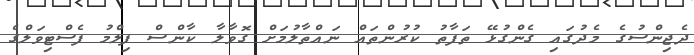
ދެޖިންސުގެ މެދުގައި ގެންގުޅޭ ތަފާތު ކުރުންތައް ނައްތާލުމަށް ގޮވާލާ ކާންސް ފިލްމު ފެސްޓިވަލްގެ